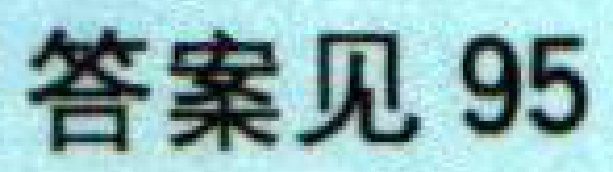
答案见 95